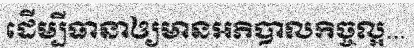
ដើម្បីធានាឲ្យមានអភិបាលកិច្ចល្អ...